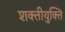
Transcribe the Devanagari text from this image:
शक्तीयुक्ति